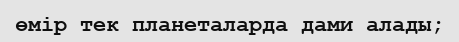
өмір тек планеталарда дами алады;